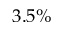
3 . 5 \%